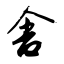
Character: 舍